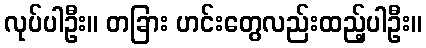
လုပ်ပါဦး။ တခြား ဟင်းတွေလည်းထည့်ပါဦး။